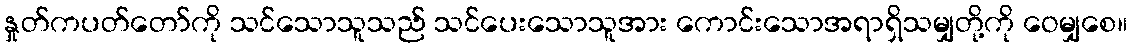
နှုတ်ကပတ်တော်ကို သင်သောသူသည် သင်ပေးသောသူအား ကောင်းသောအရာရှိသမျှတို့ကို ဝေမျှစေ။